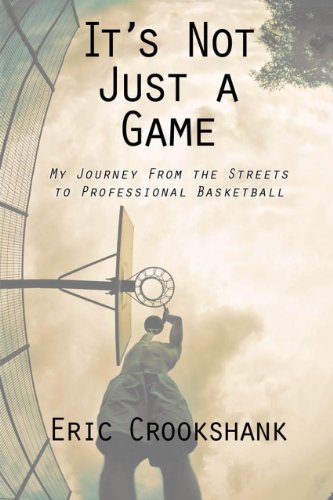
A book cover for It's Not Just A Game: My Journey From the Streets to Professional Basketball; Eric Crookshank; Sports & Outdoors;